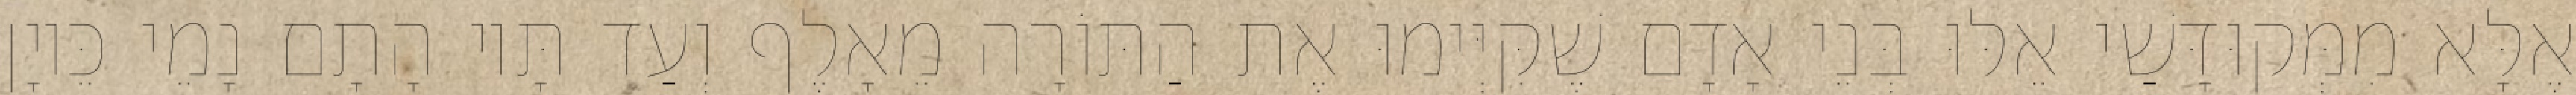
אֶלָּא מִמְּקוּדָּשַׁי אֵלּוּ בְּנֵי אָדָם שֶׁקִּיְּימוּ אֶת הַתּוֹרָה מֵאָלֶף וְעַד תָּיו הָתָם נָמֵי כֵּיוָן